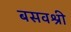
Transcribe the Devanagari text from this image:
बसवश्री